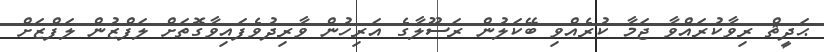
ޙަދީޘް ރިވާކުރައްވާ ޖަމާ ކުރެއްވި ބޭކަލުން ރަސޫލާގެ އަރިހުން ވާރިދުވެފައިވާގޮތަށް ލަފްޒުން ލަފްޒަށް